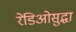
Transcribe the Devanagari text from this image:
रेडिओसुद्धा